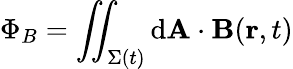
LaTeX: \Phi_{B}=\iint_{\Sigma(t)}\mathrm{d}\mathbf{A}\cdot\mathbf{B}(\mathbf{r},t)